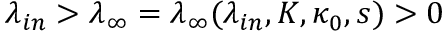
\lambda _ { i n } > \lambda _ { \infty } = \lambda _ { \infty } ( \lambda _ { i n } , K , \kappa _ { 0 } , s ) > 0